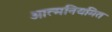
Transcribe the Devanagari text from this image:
आत्मनियमित